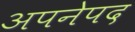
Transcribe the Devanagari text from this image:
अपनेपद